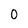
Character: 0